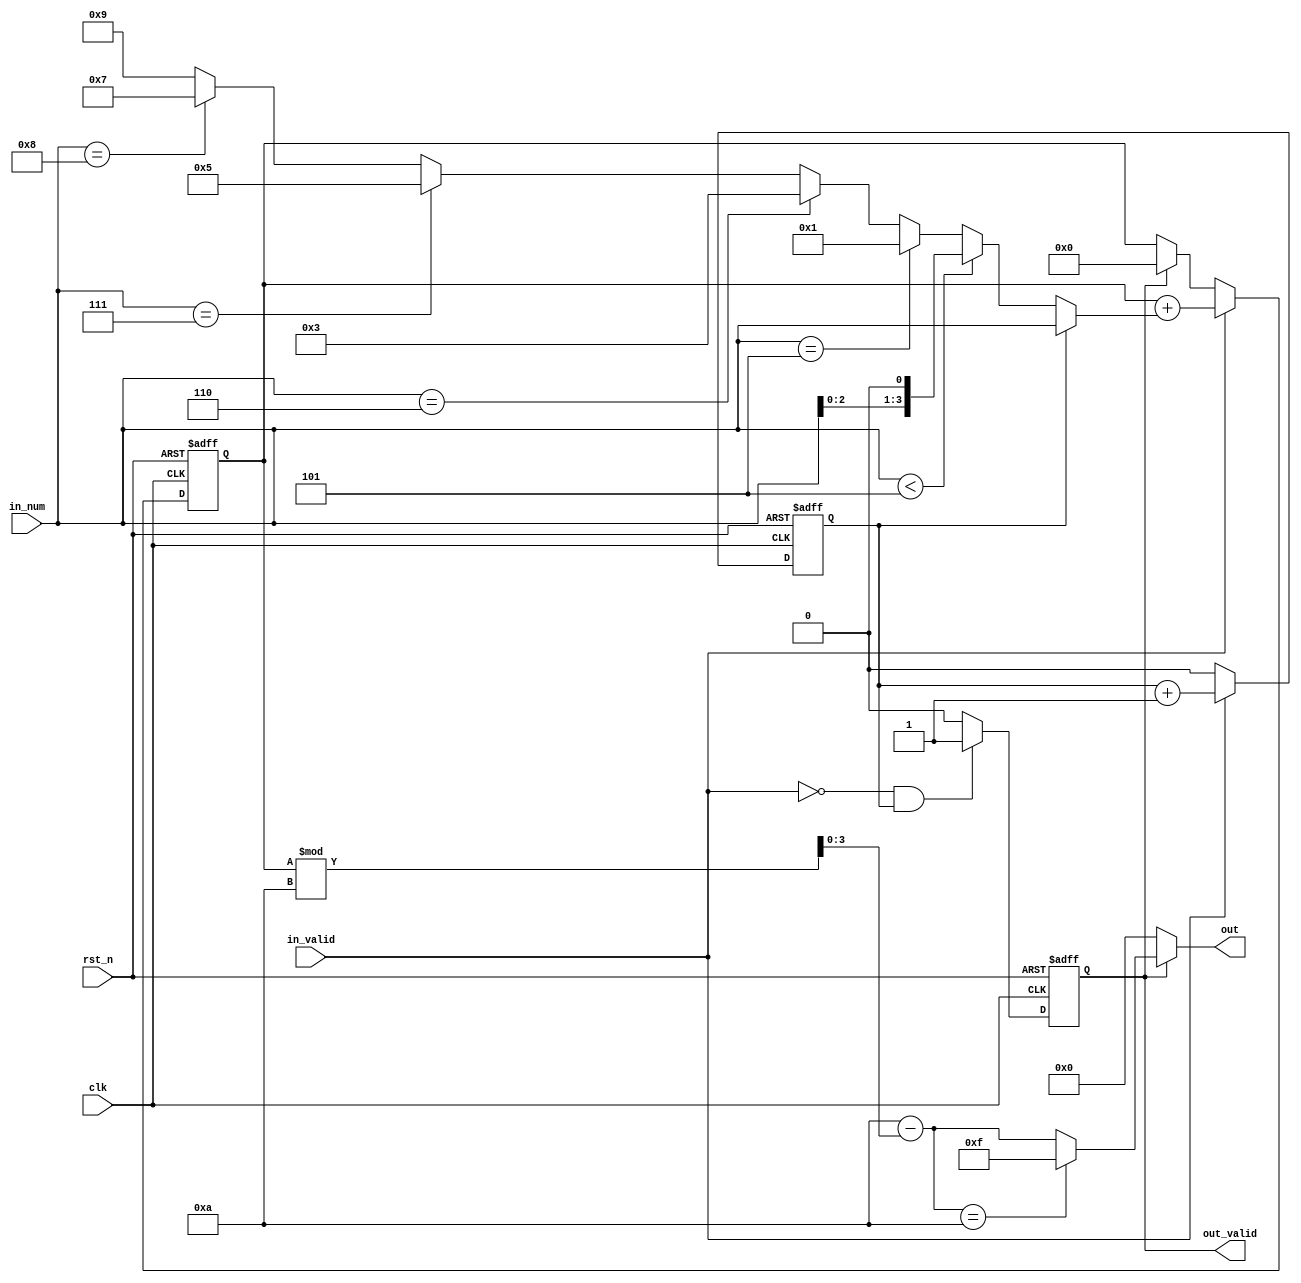
module Checkdigit(
    input wire clk,
    input wire  rst_n,
    input wire  in_valid,
    input wire  [3:0] in_num,
    output reg  out_valid,
    output wire [3:0] out
);
///////////////////////////////decalre////////////////////////
reg[7 : 0] acc;
reg cnt;
wire [3:0] add_a;
wire [3:0] modulo;
wire [3:0] sub;

//////////////////////////combinational//////////////////////////////////
assign add_a= ( cnt ) ? in_num :             //*1
              ( in_num < 5 ) ? in_num << 1 : //*2 
              ( in_num ==5 ) ? 1 : 
              ( in_num ==6 ) ? 3 :
              ( in_num ==7 ) ? 5 :  
              ( in_num ==8 ) ? 7 : 9;
    
////////////////////////////seqution//////////////////////////////////
always @(posedge clk or negedge rst_n) begin  //deal cnt =>also be the input_flag
    if(!rst_n)begin
        cnt <= 0;
    end
    else if(in_valid) begin
        cnt <= cnt + 1 ;
    end
    else cnt <= 0 ;
    
end

always @(posedge clk or negedge rst_n ) begin //acc => accumulate
    if(!rst_n)begin
        acc <= 8'b0 ;
    end
    else if(in_valid)begin
        acc <= acc + add_a ;
    end
    else if ( out_valid ) begin
        acc <= 8'b0 ;
    end 
end

always @(posedge clk or negedge rst_n ) begin // out_valid
    if(!rst_n)begin
        out_valid <= 0 ;
    end
    else if ( !in_valid && cnt )
        out_valid <= 1;
    else if ( out_valid )  //when deal down next cycle reset 
        out_valid <= 0 ;
    
end 

//////////////////////output /////////////////////////////////
assign modulo = acc % 10 ;
assign sub = 10 - modulo ;
assign out = ( !out_valid ) ? 4'b0 :  
             ( sub == 10 ) ? 15 : sub;

endmodule